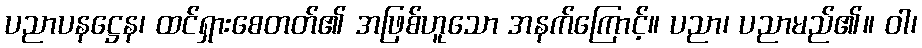
ပညာပနဋ္ဌေန၊ ထင်ရှားစေတတ်၏ အဖြစ်ဟူသော အနက်ကြောင့်။ ပညာ၊ ပညာမည်၏။ ဝါ၊